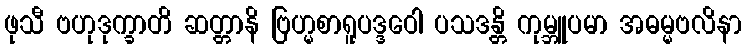
ဖုသီ ဗဟုဒုက္ခာတိ ဆတ္တာနိ ဗြဟ္မစာရူပဒ္ဒဝေါ ပသဒန္တိ ကုမ္ဘူပမာ အဓမ္မဗလိနာ